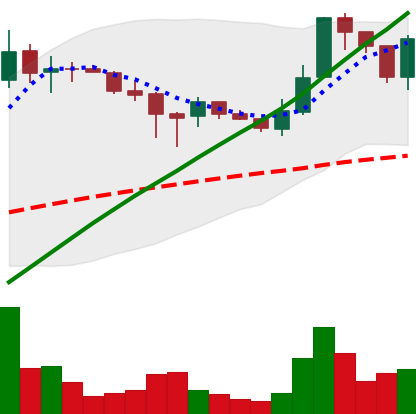
Ticker: LTC-USD
Chart end date: 2017-07-08
Forward return: -11.145%
Label: down_7plus